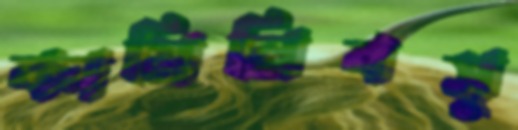
কামিনিবসু